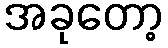
အခုတော့